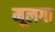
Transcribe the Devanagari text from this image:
मूलगा